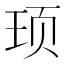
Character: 顼